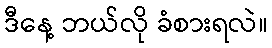
ဒီနေ့ ဘယ်လို ခံစားရလဲ။